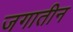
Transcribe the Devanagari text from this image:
जगातीन